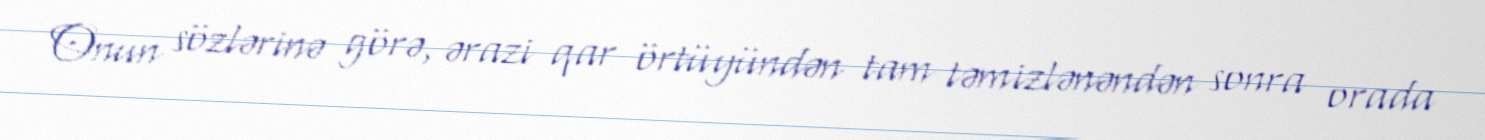
Onun sözlərinə görə, ərazi qar örtüyündən tam təmizlənəndən sonra orada